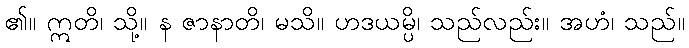
၏။ ဣတိ၊ သို့။ န ဇာနာတိ၊ မသိ။ ဟဒယမ္ပိ၊ သည်လည်း။ အဟံ၊ သည်။